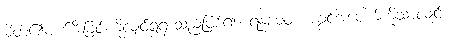
မိတ်၏ပျက်စီးခြင်းကိုလျှင်ရွံရှာသည်ဖြစ်၍။ ရန္ဓမေဝ၊ အခွင့်အပေါက်ကိုသာလျှင်။